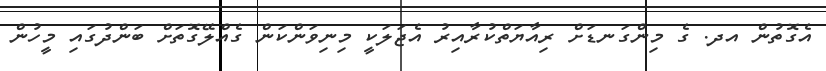
އެގޮތުން އދ. ގެ މިންގަނޑަށް ރިއާޔަތްކުރާއިރު އެޖަލަކީ މިނިވަންކަން ގެއްލޭގޮތަށް ބަންދުގައި މީހުން